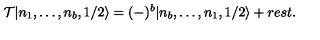
{ \cal T } | n _ { 1 } , \ldots , n _ { b } , 1 / 2 \rangle = ( - ) ^ { b } | n _ { b } , \ldots , n _ { 1 } , 1 / 2 \rangle + r e s t .